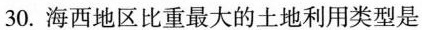
30.海西地区比重最大的土地利用类型是